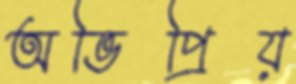
অভিপ্রিয়